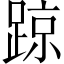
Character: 𨂙